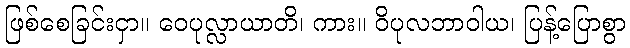
ဖြစ်စေခြင်းငှာ။ ဝေပုလ္လာယာတိ၊ ကား။ ဝိပုလဘာဝါယ၊ ပြန့်ပြောစွာ